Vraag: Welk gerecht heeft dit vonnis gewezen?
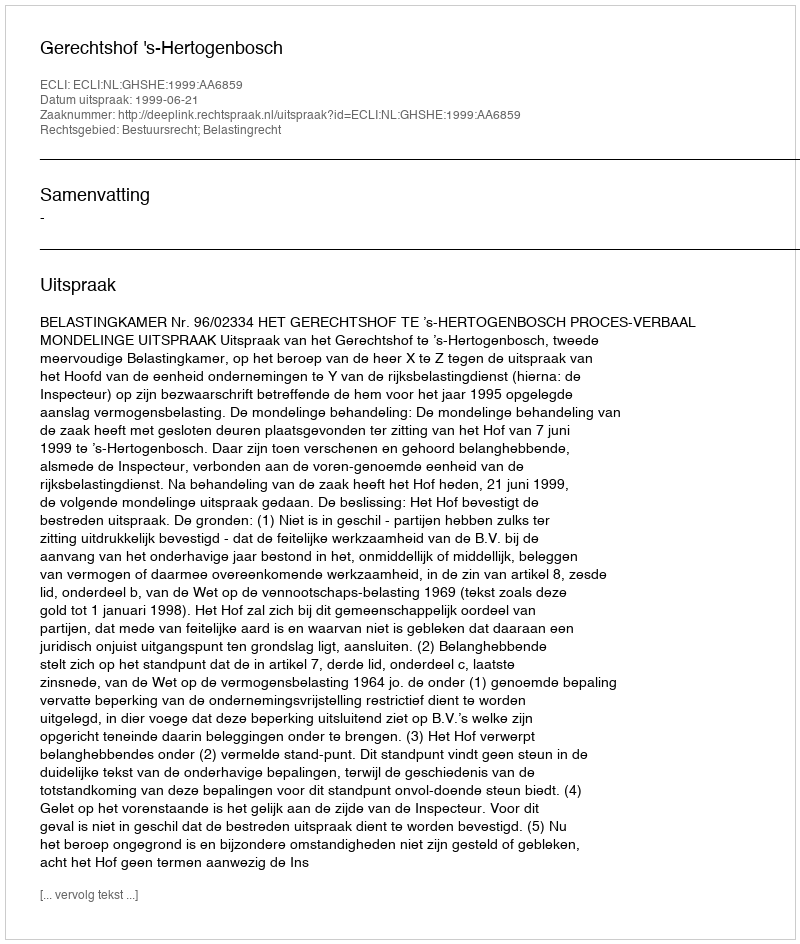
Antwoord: Gerechtshof 's-Hertogenbosch